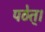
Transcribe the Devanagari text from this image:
पठेत्‌।